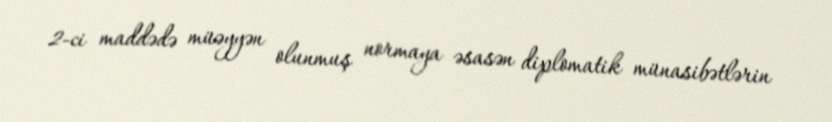
2-ci maddədə müəyyən olunmuş normaya əsasən diplomatik münasibətlərin